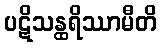
ပဋိသန္ထရိဿာမီတိ